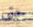
حتى